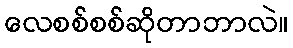
လေစစ်စစ်ဆိုတာဘာလဲ။